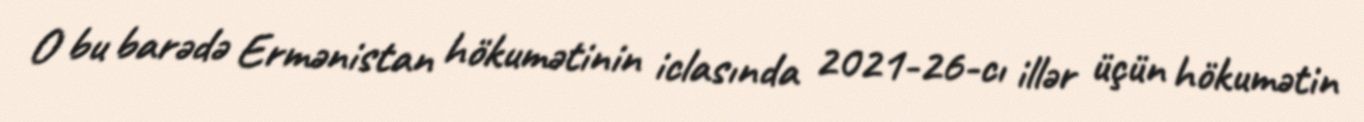
O bu barədə Ermənistan hökumətinin iclasında 2021-26-cı illər üçün hökumətin